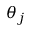
\theta _ { j }